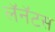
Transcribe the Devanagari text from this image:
लॅनॅटस